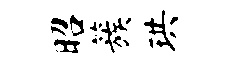
昭簇珙